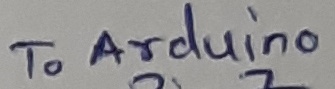
Text: To Arduino